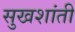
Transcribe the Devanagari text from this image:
सुखशांती